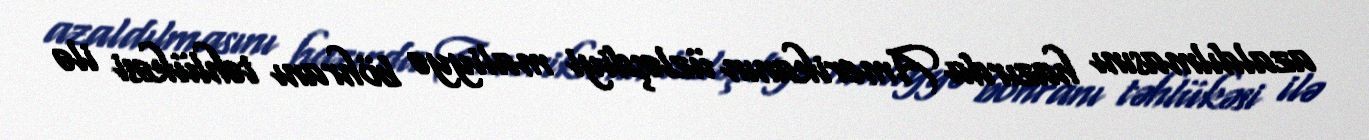
azaldılmasını hazırda Amerikanın üzləşdiyi maliyyə böhranı təhlükəsi ilə